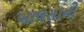
ખાલસાનો